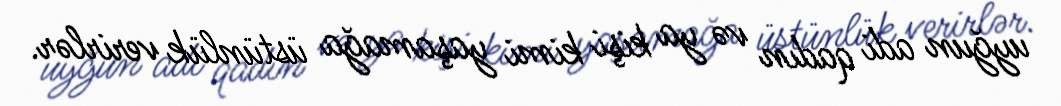
uyğun adi qadın və ya kişi kimi yaşamağa üstünlük verirlər.